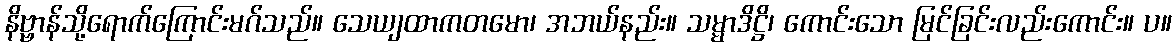
နိဗ္ဗာန်သို့ရောက်ကြောင်းမဂ်သည်။ သေယျထာကတမော၊ အဘယ်နည်း။ သမ္မာဒိဋ္ဌိ၊ ကောင်းသော မြင်ခြင်းလည်းကောင်း။ ပ။